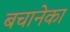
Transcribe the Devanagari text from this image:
बचानेका